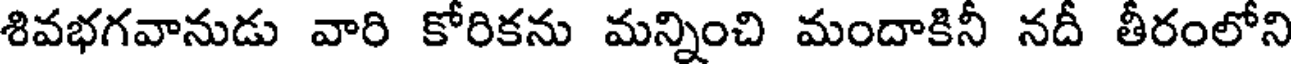
శివభగవానుడు వారి కోరికను మన్నించి మందాకినీ నదీ తీరంలోని